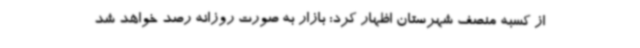
از کسبه منصف شهرستان اظهار کرد: بازار به صورت روزانه رصد خواهد شد